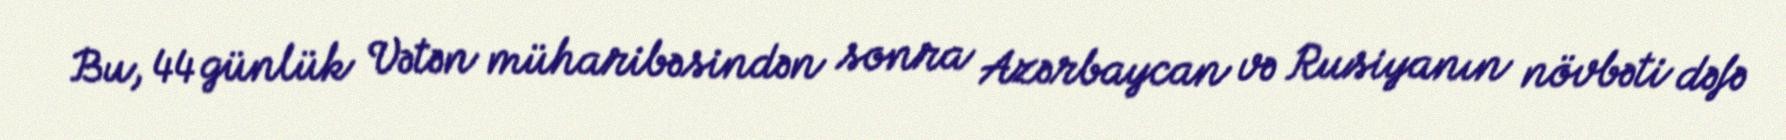
Bu, 44 günlük Vətən müharibəsindən sonra Azərbaycan və Rusiyanın növbəti dəfə